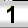
Digit: 1